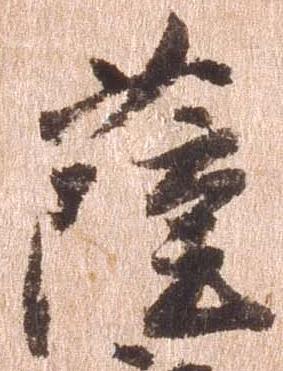
薩